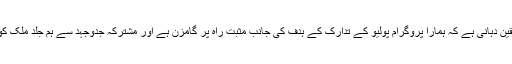
تکنیکی مشاورتی گروپ (TAG) کی جانب سے ہمارے کام کی حوصلہ افزائی اس بات کی یقین دہانی ہے کہ ہمارا پروگرام پولیو کے تدارک کے ہدف کی جانب مثبت راہ پر گامزن ہے اور مشترکہ جدوجہد سے ہم جلد ملک کو پولیو کے موضی مرض سے ہمیشہ کے لیے نجات دلانے میں کامیابی حاصل کر لیں گے"۔